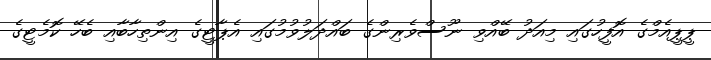
ޕީޕީއެމްގެ އޮފީހުގައި މިއަދު ބޭއްވި ނޫސްވެރިންގެ ބައްދަލުވުމުގައި އެޕާޓީގެ އިންތިހާބާއި ބެހޭ ކޮމެޓީގެ